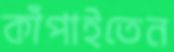
কাঁপাইতেন